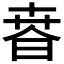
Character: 𣇸